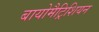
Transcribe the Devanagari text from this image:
बायोमैट्रिशियन